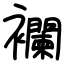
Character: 襴